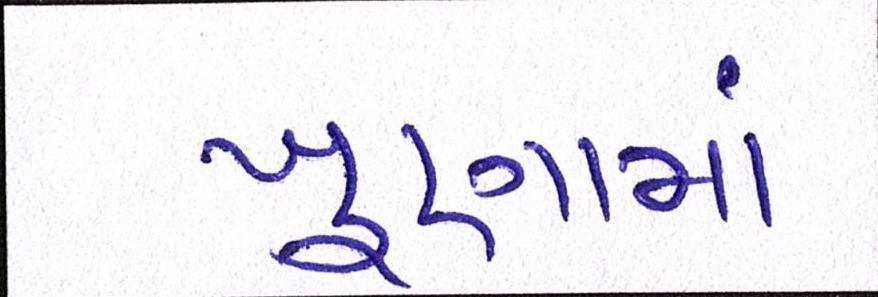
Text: ખૂણામાં